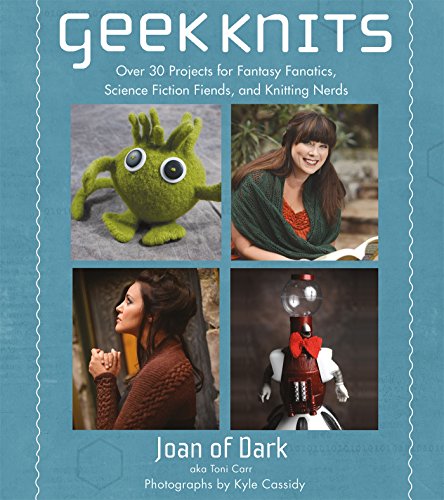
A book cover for Geek Knits: Over 30 Projects for Fantasy Fanatics, Science Fiction Fiends, and Knitting Nerds; Toni Carr; Crafts, Hobbies & Home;